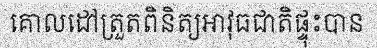
គោលដៅត្រួតពិនិត្យអាវុធជាតិផ្ទុះបាន